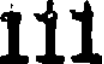
111